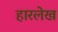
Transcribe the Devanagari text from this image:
हारलेख